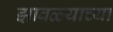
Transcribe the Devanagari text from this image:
झावळ्याच्या